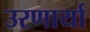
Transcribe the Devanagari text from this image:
उरणार्या